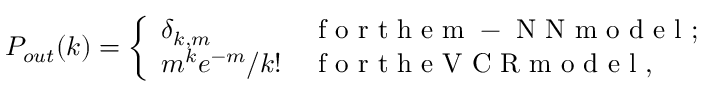
P _ { o u t } ( k ) = \left\{ \begin{array} { l l } { \delta _ { k , m } } & { \mathrm { ~ f ~ o ~ r ~ t ~ h ~ e ~ m ~ - ~ N ~ N ~ m ~ o ~ d ~ e ~ l ~ } ; } \\ { m ^ { k } e ^ { - m } / k ! } & { \mathrm { ~ f ~ o ~ r ~ t ~ h ~ e ~ V ~ C ~ R ~ m ~ o ~ d ~ e ~ l ~ } , } \end{array} \right.